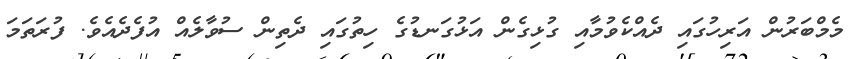
މެމްބަރުން އަރިހުގައި ދެއްކެވުމާއި ގުޅިގެން އަޅުގަނޑުގެ ހިތުގައި ދެތިން ސުވާލެއް އުފެދެއެވެ. ފުރަތަމަ